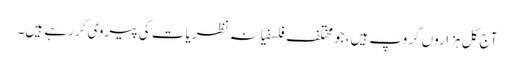
آج کل ہزاروں گروپ ہیں، جو مختلف فلسفیانہ نظریات کی پیروی کر رہے ہیں۔